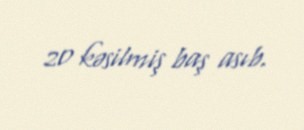
20 kəsilmiş baş asıb.